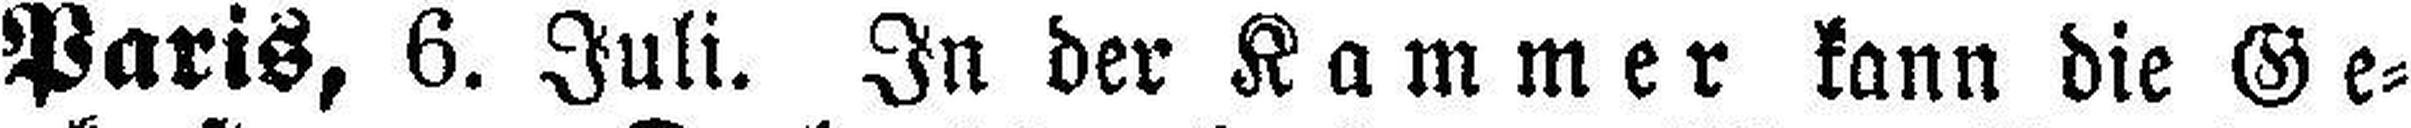
Paris, 6. Juli. In der Kammer kann die Ge¬